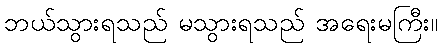
ဘယ်သွားရသည် မသွားရသည် အရေးမကြီး။